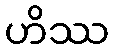
ဟိဿ